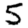
Digit: 5